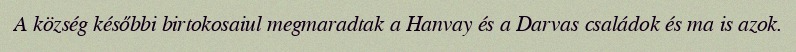
A község későbbi birtokosaiul megmaradtak a Hanvay és a Darvas családok és ma is azok.